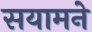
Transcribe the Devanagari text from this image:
सयामने